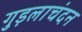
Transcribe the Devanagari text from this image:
गुड़लाचंदन